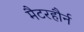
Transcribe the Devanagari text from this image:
मैटरहौर्न